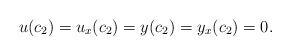
LaTeX: \begin{align*}u(c_2)=u_x(c_2)=y(c_2)=y_x(c_2)=0. \end{align*}